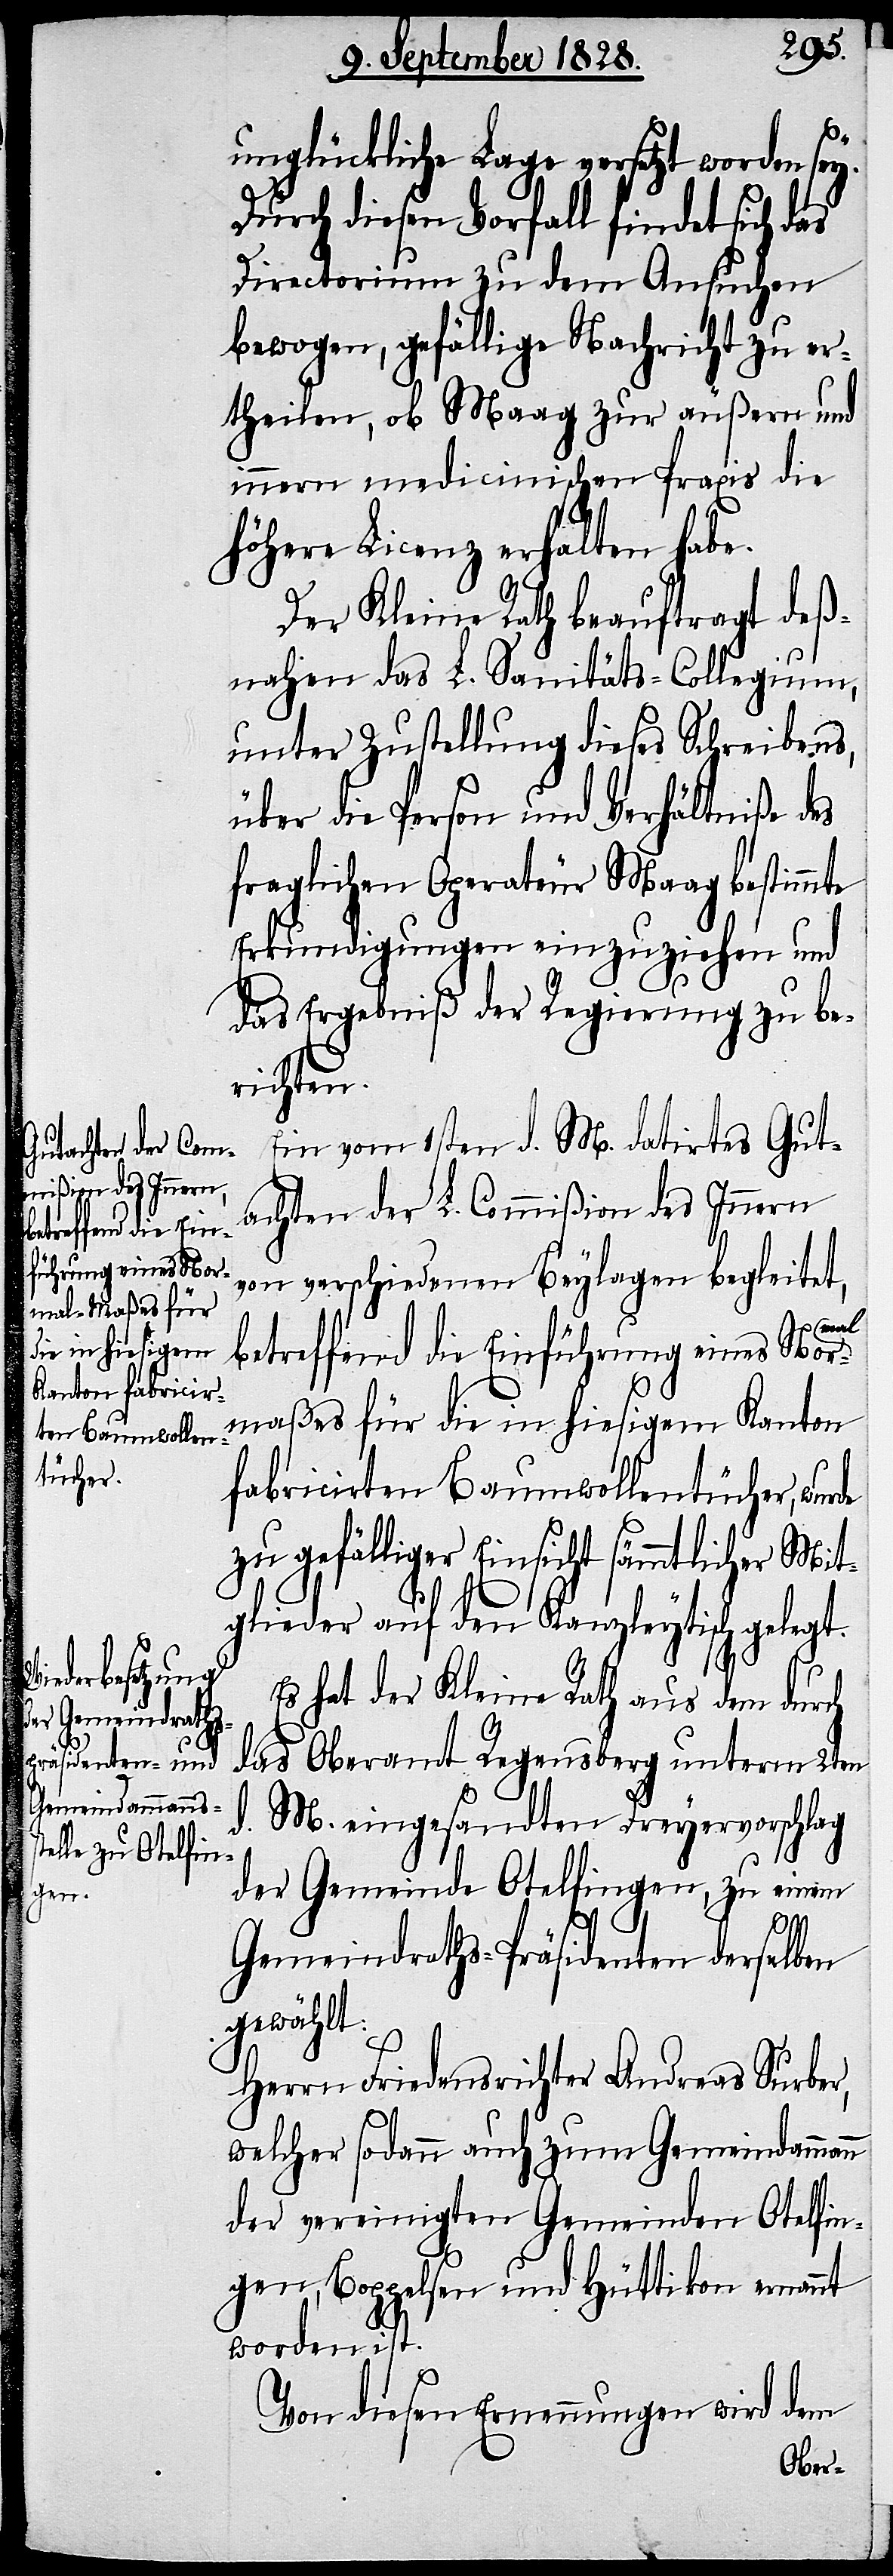
unglückliche Lage versetzt worden sey.
Durch diesen Vorfall findet sich das
Directorium zu dem Ansuchen
bewogen, gefällige Nachricht zu er¬
theilen, ob Maag zur äußern und
innern medicinischen Praxis die
höhere Licenz erhalten habe.
Der Kleine Rath beauftragt deß¬
nahen das L. Sanitäts-Collegium,
unter Zustellung dieses Schreibens,
über die Person und Verhältniße des
fraglichen Operateur Maag bestimmte
Erkundigungen einzuziehen und
das Ergebniß der Regierung zu be¬
richten.
Ein vom 1sten d. M. datirtes Gut¬
achten der L. Commißion des Innern
von verschiedenen Beylagen begleitet,
a-mal-a¬
betreffend die Einführung eines Nor¬
maßes für die in hiesigem Kanton
fabricirten Baumwollentücher, wurde
zu gefälliger Einsicht sämmtlicher Mit¬
glieder auf den Kanzleytisch gelegt.
Es hat der Kleine Rath aus dem durch
das Oberamt Regensberg unterm 2ten
d. M. eingesandten Dreyervorschlag
der Gemeinde Otelfingen, zu einem
Gemeindraths-Präsidenten derselben
gewählt:
Herrn Friedensrichter Andreas Surber,
welcher sodann auch zum Gemeindammann
der vereinigten Gemeinden Otelfin¬
gen, Boppelsen und Hüttikon ernannt
worden ist.
Von diesen Ernennungen wird dem